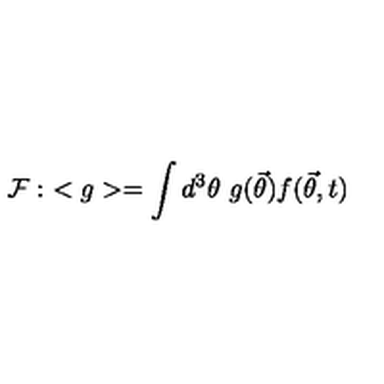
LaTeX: { \cal { F } } : \ < g > = \int d ^ { 3 } \theta \ g ( { \vec { \theta } } ) f ( { \vec { \theta } } , t ) \,